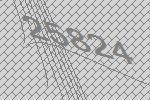
25824